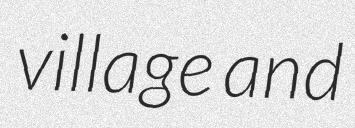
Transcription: village and